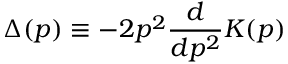
\Delta ( p ) \equiv - 2 p ^ { 2 } \frac { d } { d p ^ { 2 } } K ( p )